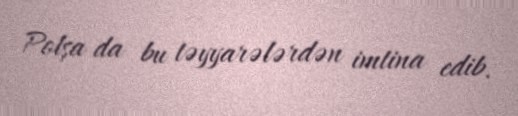
Polşa da bu təyyarələrdən imtina edib.